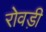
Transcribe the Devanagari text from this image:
रोवड़ी